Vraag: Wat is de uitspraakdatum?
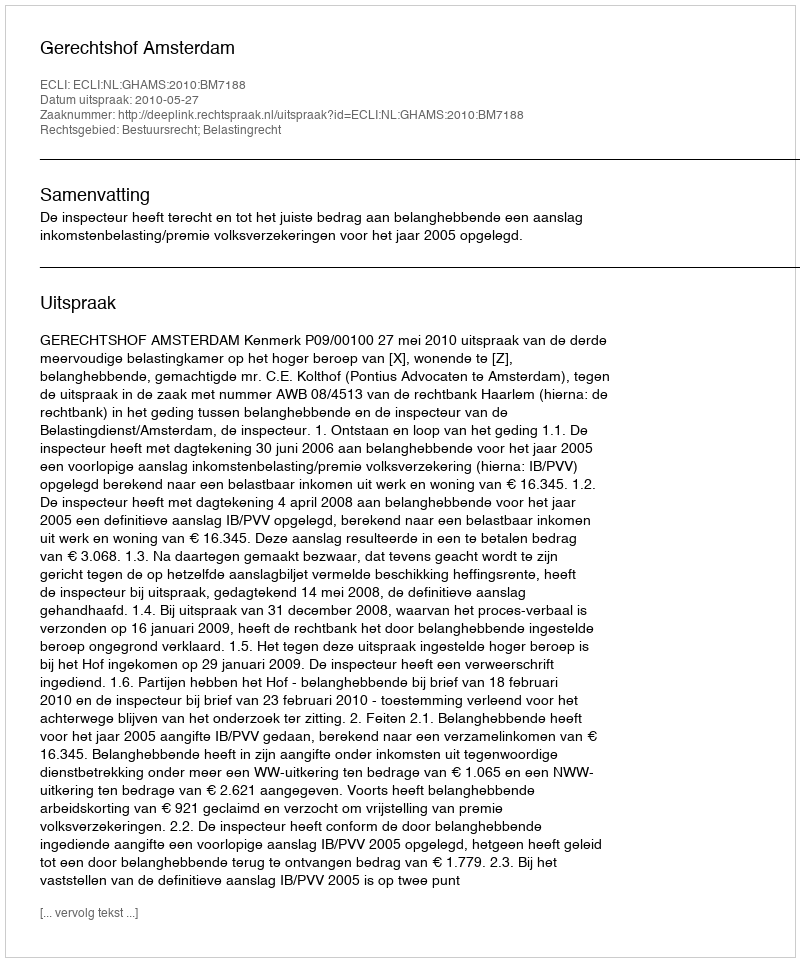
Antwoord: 2010-05-27